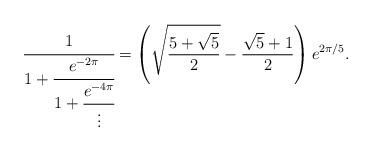
LaTeX: \begin{align*}\cfrac{1}{1+\cfrac{e^{-2\pi}}{1+\cfrac{e^{-4\pi}}{\vdots}}}=\left(\sqrt{\frac{5+\sqrt{5}}{2}}-\frac{\sqrt{5}+1}{2}\right)e^{2\pi/5}.\end{align*}